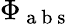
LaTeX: \Phi_{\mathrm{~a~b~s~}}